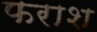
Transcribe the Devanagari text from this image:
फराश